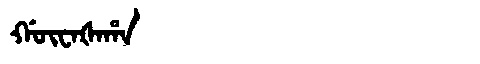
Manchu: ᡤᡡᠸᠠᡧᠠᡥᠠ
Romanization: GŪWAŠAHA